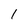
Character: 1